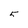
Character: 5